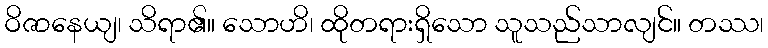
ဝိဇာနေယျ၊ သိရာ၏။ သောဟိ၊ ထိုတရားရှိသော သူသည်သာလျင်။ တဿ၊